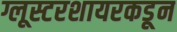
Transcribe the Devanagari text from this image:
ग्लूस्टरशायरकडून